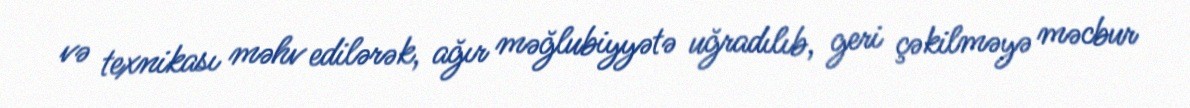
və texnikası məhv edilərək, ağır məğlubiyyətə uğradılıb, geri çəkilməyə məcbur